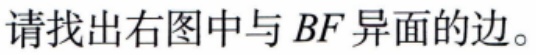
请找出右图中与 \(BF\) 异面的边。